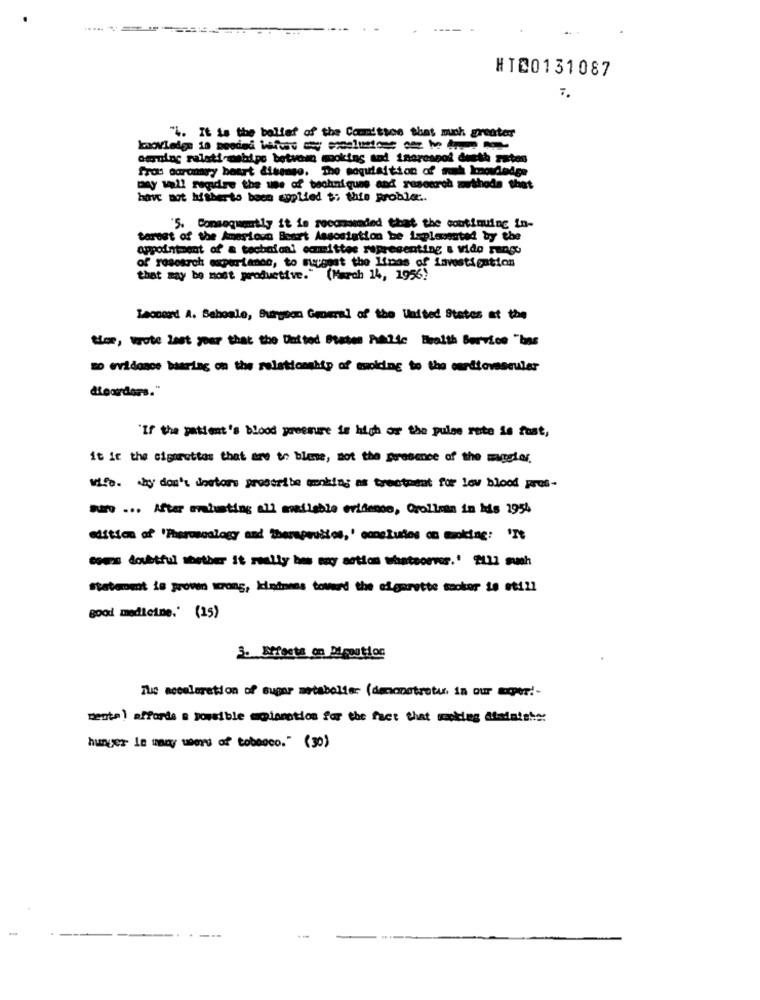
HTC0131087
"L. It is the belief of the Committee that much greaterr
owning relati-mebipe between smoking and inareanot deeth ra
fros coronary heart disease. The acquisition of ruh knowdodes
may wall regidre the use of techniques and research methods that
have not hitherto been applied $; this proble ..
'5. Consequently it is recommended that the continuing in-
torest of the Amerioun Beart Assostation be implemented by the
appointment of a technical committee representing & vido rango
of research expertenes, to suggest the Lines of investigation
that may be most productive." (March 14, 1956)
Leonard A. Behoale, Surgeon General of the United States at the
time, Wote last your that the Ulasted States Paiie Health Service "has
no evidence baaring on the relationship of emolding to the cardiovascular
digordors."
"If the patient's blood yreemure is high or the pulse rate is fast,
it if the cigarettes that are to blene, not the presence of the maggior.
Wife. why don't doctors prescribe making as treatment for low blood pres-
Raw ... After mabusting all available evidence, Crolloma in his 1954
edition of 'Pheroscalogy and Therapeutics,' concludes on smoking: 'It
cours doubtful whether it really has may action whatsoever. ' 2111 mush
Statement is grown wrong, kindness toward the elgarette sookor ie etill
good medicine." (15)
Tue acceleration of super metabolier (denonotretu, in our exper !-
ments) affords a possible moiaction for the fact that making itsdataber
hunger is many users of tobsoco." (30)